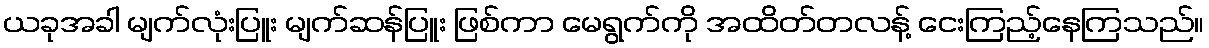
ယခုအခါ မျက်လုံးပြူး မျက်ဆန်ပြူး ဖြစ်ကာ မေရွက်ကို အထိတ်တလန့် ငေးကြည့်နေကြသည်။